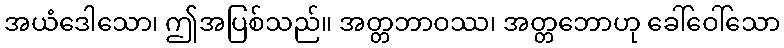
အယံဒေါသော၊ ဤအပြစ်သည်။ အတ္တဘာဝဿ၊ အတ္တဘောဟု ခေါ်ဝေါ်သော